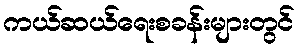
ကယ်ဆယ်ရေးစခန်းများတွင်